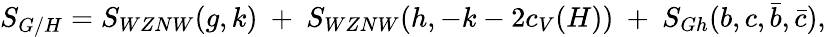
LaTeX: S_{G/H}=S_{WZNW}(g,k)~+~S_{WZNW}(h,-k-2c_{V}(H))~+~S_{Gh}(b,c,\bar{b},\bar{c}),